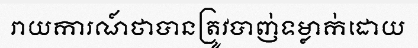
រាយការណ៍ថាបានត្រូវបាញ់ទម្លាក់ដោយ